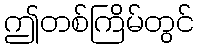
ဤတစ်ကြိမ်တွင်